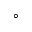
^ \circ